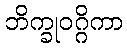
ဘိက္ခုဝဂ္ဂိကာ